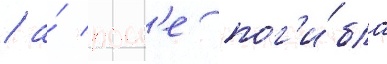
/ а́ посл'е пог'и́бла